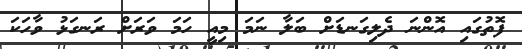
ފޮތުގައި އޮންނަ ދެލިގަނޑަށް ބަލާ ނަމަ މިއީ ހަމަ ވަރަށް ރަނގަޅު ވާހަކަ